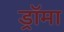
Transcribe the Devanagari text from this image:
ड्रॉमा